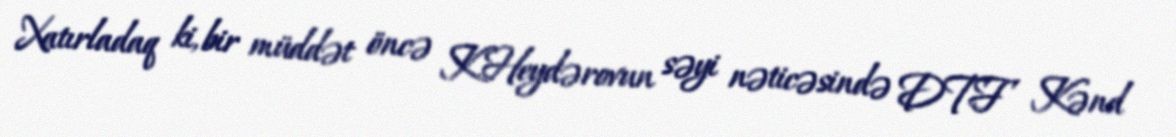
Xatırladaq ki, bir müddət öncə K.Heydərovun səyi nəticəsində DTF Kənd